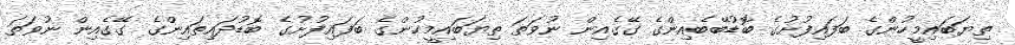
ތިޔަބައިމީހުންގެ ބަފައިފުށުގެ ބޮޑުބޭބެއިންގެ ގޭގެއިން ނުވަތަ ތިޔަބައިމީހުންގެ ބަފައިފުށުގެ ބޮޑުދައިތައިންގެ ގޭގެއިން ނުވަތަ